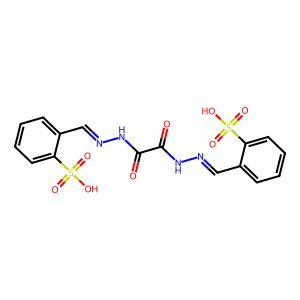
SMILES: O=C(NN=Cc1ccccc1S(=O)(=O)O)C(=O)NN=Cc1ccccc1S(=O)(=O)O
Inhibits HIV replication: No